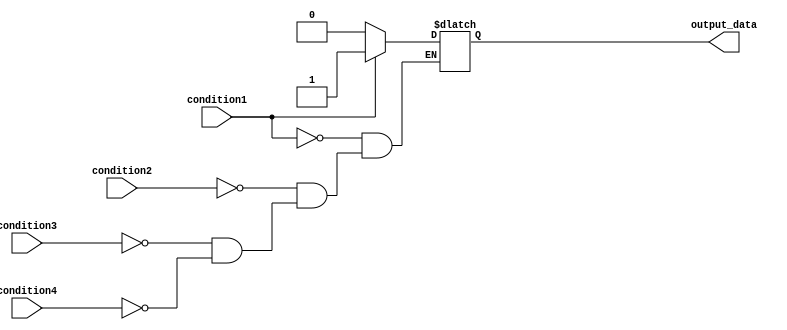
module priority_case_statement (
    input wire condition1,
    input wire condition2,
    input wire condition3,
    input wire condition4,
    output reg output_data
);

always @(*) begin
    case (1)
        condition1: output_data <= 4'b0001; // Priority 1 condition
        condition2: output_data <= 4'b0010; // Priority 2 condition
        condition3: output_data <= 4'b0100; // Priority 3 condition
        condition4: output_data <= 4'b1000; // Priority 4 condition
    endcase
end

endmodule